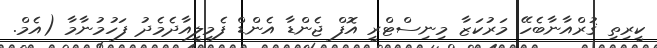
ކީރިތި ޤުރްއާނާބެހޭ މަރުކަޒާ މިނިސްޓްރީ އޮފް ޖެންޑާ އެންޑް ފެމިލީއާދެމެދު ފަހުމުނާމާ (އެމް.